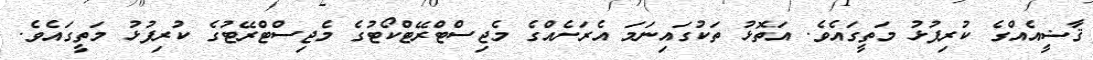
ޤާޟީއެއްގެ ކުރިފުޅު މަތީގައެވެ. އަތޮޅު ތަކުގައިނަމަ އެރަށެއްގެ މެޖިސްޓްރޭޓްކޯޓުގެ މެޖިސްޓްރޭޓުގެ ކުރިފުޅު މަތީގައެވެ.